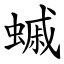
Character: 䗩